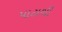
પાટાથી